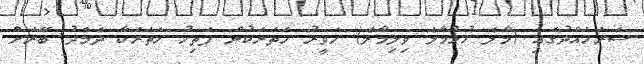
ސަރަހައްދުގައި (މާލެ ހުޅުމާލެ ވިލިމާލެ) ހަވީރު ހަތަރަކުން ފަތިހު ހަތަރަކާ ދެމެދު ބޭރަށް